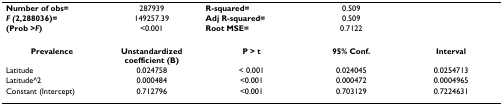
<table><thead><tr><td><b>Number of obs=</b></td><td><b>287939</b></td><td><b>R-squared=</b></td><td><b>0.509</b></td><td></td></tr><tr><td><b><i>F (</i>2,288036)=</b></td><td><b>149257.39</b></td><td><b>Adj R-squared=</b></td><td><b>0.509</b></td><td></td></tr><tr><td><b>(Prob &gt;<i>F</i>)</b></td><td><b>&lt;0.001</b></td><td><b>Root MSE=</b></td><td><b>0.7122</b></td><td></td></tr></thead><tbody><tr><td><b>Prevalence</b></td><td><b>Unstandardized coefficient (B)</b></td><td><b>P &gt; t</b></td><td><b>95% Conf.</b></td><td><b>Interval</b></td></tr><tr><td>Latitude</td><td>0.024758</td><td>&lt; 0.001</td><td>0.024045</td><td>0.0254713</td></tr><tr><td>Latitude^2</td><td>0.000484</td><td>&lt;0.001</td><td>0.000472</td><td>0.0004965</td></tr><tr><td>Constant (Intercept)</td><td>0.712796</td><td>&lt;0.001</td><td>0.703129</td><td>0.7224631</td></tr></tbody></table>